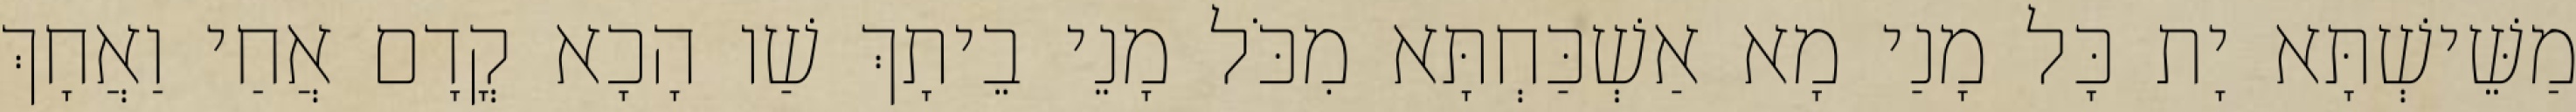
מַשֵּׁישְׁתָּא יָת כָּל מָנַי מָא אַשְׁכַּחְתָּא מִכֹּל מָנֵי בֵיתָךְ שַׁו הָכָא קֳדָם אֲחַי וַאֲחָךְ